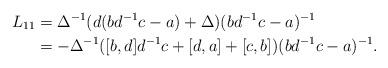
LaTeX: \begin{align*}L_{11}&=\Delta^{-1}(d(bd^{-1}c- a)+\Delta) (bd^{-1}c- a)^{-1}\\&=-\Delta^{-1}([b,d]d^{-1}c+[d,a]+[c,b]) (bd^{-1}c- a)^{-1}.\end{align*}